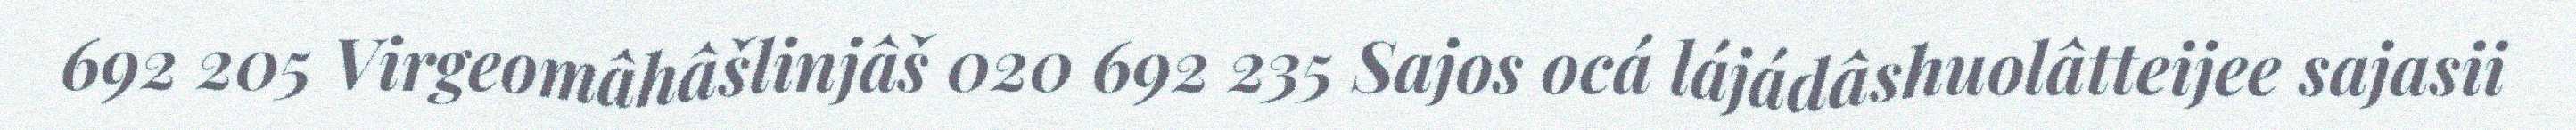
692 205 Virgeomâhâšlinjâš 020 692 235 Sajos ocá lájádâshuolâtteijee sajasii